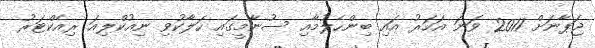
ޖަޕާނަށް 2011 ވަނަ އަހަރު އައި ބިންހެލުމާއި ސުނާމީގައި ހަލާކުވި ނިއުކްލިއަ ރިއެކްޓަރު